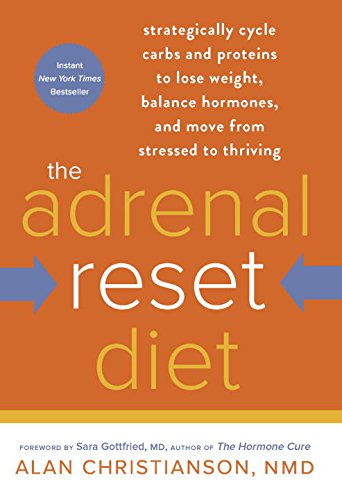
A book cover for The Adrenal Reset Diet: Strategically Cycle Carbs and Proteins to Lose Weight, Balance Hormones, and Move from Stressed to Thriving; Alan Christianson NMD; Health, Fitness & Dieting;